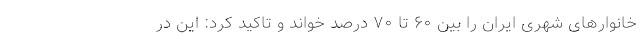
خانوارهای شهری ایران را بین ۶۰ تا ۷۰ درصد خواند و تاکید کرد: این در